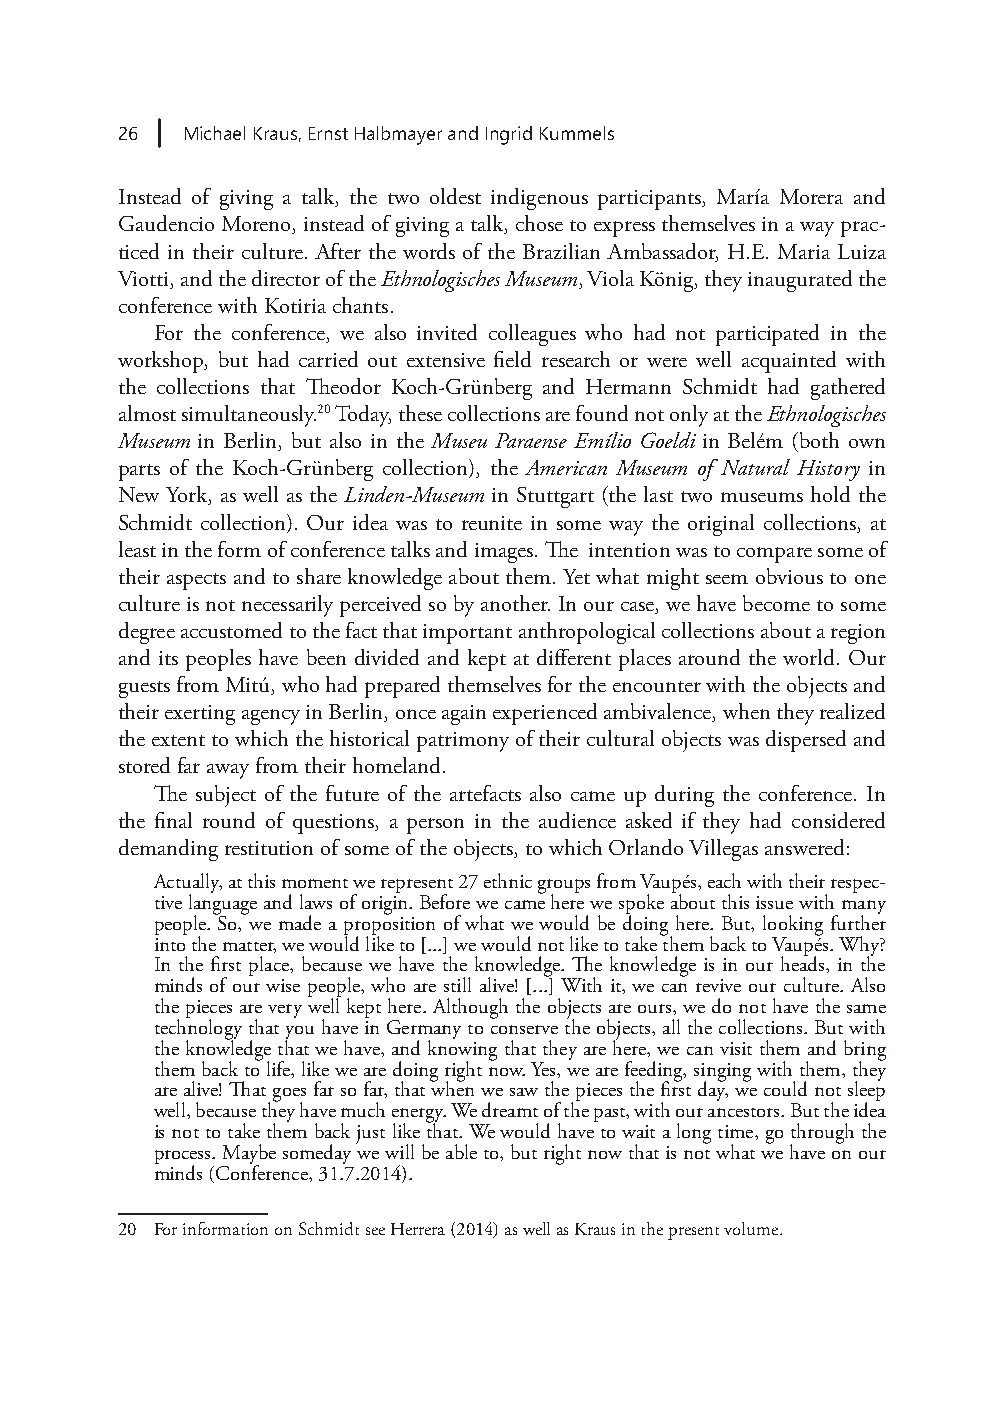
26  Michael Kraus, Ernst Halbmayer and Ingrid Kummels
 Instead of giving a talk, the two oldest indigenous participants, María Morera and
 Gaudencio Moreno, instead of giving a talk, chose to express themselves in a way prac-
 ticed in their culture. After the words of the Brazilian Ambassador, H.E. Maria Luiza
 Viotti, and the director of the Ethnologisches Museum, Viola König, they inaugurated the
 conference with Kotiria chants.
 For the conference, we also invited colleagues who had not participated in the
 workshop, but had carried out extensive field research or were well acquainted with
 the collections that Theodor Koch-Grünberg and Hermann Schmidt had gathered
 almost simultaneously.20 Today, these collections are found not only at the Ethnologisches
 Museum in Berlin, but also in the Museu Paraense Emílio Goeldi in Belém (both own
 parts of the Koch-Grünberg collection), the American Museum of Natural History in
 New York, as well as the Linden-Museum in Stuttgart (the last two museums hold the
 Schmidt collection). Our idea was to reunite in some way the original collections, at
 least in the form of conference talks and images. The intention was to compare some of
 their aspects and to share knowledge about them. Yet what might seem obvious to one
 culture is not necessarily perceived so by another. In our case, we have become to some
 degree accustomed to the fact that important anthropological collections about a region
 and its peoples have been divided and kept at different places around the world. Our
 guests from Mitú, who had prepared themselves for the encounter with the objects and
 their exerting agency in Berlin, once again experienced ambivalence, when they realized
 the extent to which the historical patrimony of their cultural objects was dispersed and
 stored far away from their homeland.
 The subject of the future of the artefacts also came up during the conference. In
 the final round of questions, a person in the audience asked if they had considered
 demanding restitution of some of the objects, to which Orlando Villegas answered:
 Actually, at this moment we represent 27 ethnic groups from Vaupés, each with their respec-
 tive language and laws of origin. Before we came here we spoke about this issue with many
 people. So, we made a proposition of what we would be doing here. But, looking further
 into the matter, we would like to [...] we would not like to take them back to Vaupés. Why?
 In the first place, because we have the knowledge. The knowledge is in our heads, in the
 minds of our wise people, who are still alive! [...] With it, we can revive our culture. Also
 the pieces are very well kept here. Although the objects are ours, we do not have the same
 technology that you have in Germany to conserve the objects, all the collections. But with
 the knowledge that we have, and knowing that they are here, we can visit them and bring
 them back to life, like we are doing right now. Yes, we are feeding, singing with them, they
 are alive! That goes far so far, that when we saw the pieces the first day, we could not sleep
 well, because they have much energy. We dreamt of the past, with our ancestors. But the idea
 is not to take them back just like that. We would have to wait a long time, go through the
 process. Maybe someday we will be able to, but right now that is not what we have on our
 minds (Conference, 31.7.2014).
 20 For information on Schmidt see Herrera (2014) as well as Kraus in the present volume.